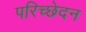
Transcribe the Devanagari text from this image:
परिच्छेदन